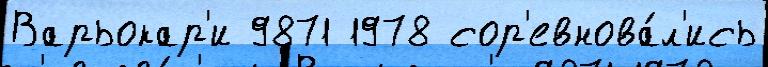
Варьокар'и 9871 1978 сор'евнова́л'ись